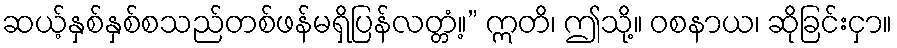
ဆယ့်နှစ်နှစ်စသည်တစ်ဖန်မရှိပြန်လတ္တံ့။” ဣတိ၊ ဤသို့။ ဝစနာယ၊ ဆိုခြင်းငှာ။